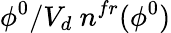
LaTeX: \phi^{0}/V_{d}\ n^{fr}(\phi^{0})